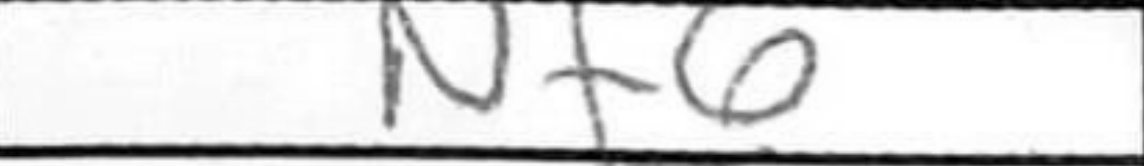
Transcription: Nf6